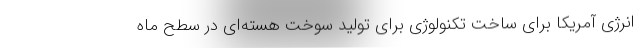
انرژی آمریکا برای ساخت تکنولوژی برای تولید سوخت هسته‌ای در سطح ماه